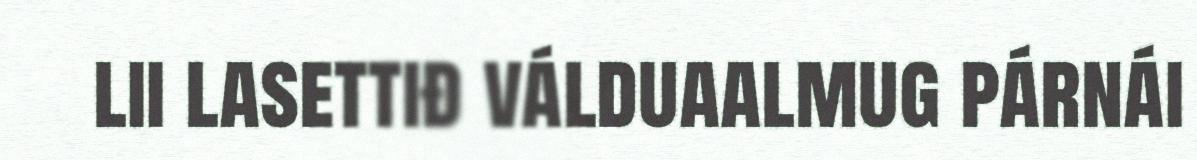
lii lasettiđ válduaalmug párnái